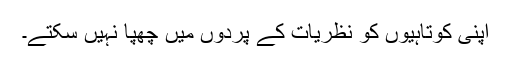
اپنی کوتاہیوں کو نظریات کے پردوں میں چھپا نہیں سکتے۔